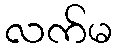
လက်မ